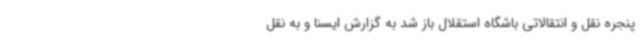
پنجره نقل و انتقالاتی باشگاه استقلال باز شد به گزارش ایسنا و به نقل